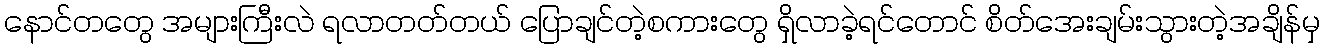
နောင်တတွေ အများကြီးလဲ ရလာတတ်တယ် ပြောချင်တဲ့စကားတွေ ရှိလာခဲ့ရင်တောင် စိတ်အေးချမ်းသွားတဲ့အချိန်မှ